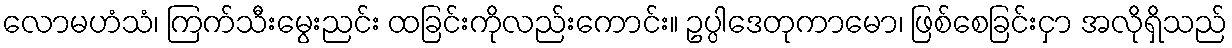
လောမဟံသံ၊ ကြက်သီးမွေးညင်း ထခြင်းကိုလည်းကောင်း။ ဥပ္ပါဒေတုကာမော၊ ဖြစ်စေခြင်းငှာ အလိုရှိသည်